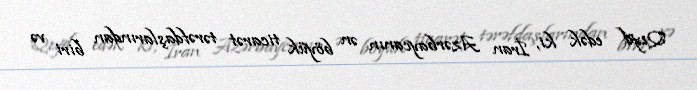
Qeyd edək ki, İran Azərbaycanın ən böyük ticarət tərəfdaşlarından biri və